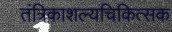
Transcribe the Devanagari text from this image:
तंत्रिकाशल्यचिकित्सक